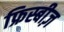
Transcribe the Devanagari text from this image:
फ्रिस्बीज़